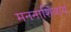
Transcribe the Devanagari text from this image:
मननाशिवाय